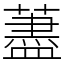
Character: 藎